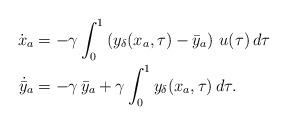
LaTeX: \begin{align*}\dot{{x}}_a &=-\gamma \int_{0}^{1} \left ( y_\delta({x_a},\tau)-\bar{y}_a \right ) \, u(\tau)\,d\tau\\\dot{\bar{y}}_a & = -\gamma\,\bar{y}_a + \gamma\int_{0}^{1}y_\delta ({x}_a,\tau)\,d\tau.\end{align*}